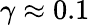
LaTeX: \gamma\approx 0.1